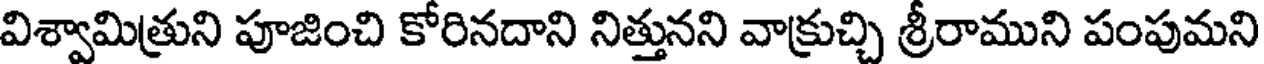
విశ్వామిత్రుని పూజించి కోరినదాని నిత్తునని వాక్రుచ్చి శ్రీరాముని పంపుమని